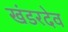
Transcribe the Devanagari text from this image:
खंडरदेव